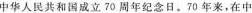
中华人民共和国成立 70 周年纪念日。70 年来，在中